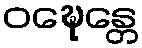
ဝဍ္ဎေန္တေ